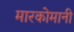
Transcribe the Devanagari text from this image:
मारकोमानी